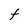
Character: F